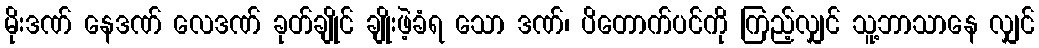
မိုးဒဏ် နေဒဏ် လေဒဏ် ခုတ်ချိုင် ချိုးဖဲ့ခံရ သော ဒဏ်၊ ပိတောက်ပင်ကို ကြည့်လျှင် သူ့ဘာသာနေ လျှင်